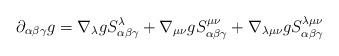
LaTeX: \begin{align*}\partial_{\alpha\beta\gamma} g = \nabla_\lambda g S^\lambda_{\alpha\beta\gamma} + \nabla_{\mu \nu}g S^{\mu \nu}_{\alpha\beta\gamma} + \nabla_{\lambda \mu \nu}g S^{\lambda \mu \nu}_{\alpha\beta\gamma}\end{align*}